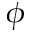
\phi